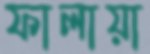
ফালায়া